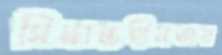
সিদ্ধান্তহীনতায়